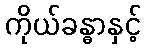
ကိုယ်ခန္ဓာနှင့်